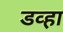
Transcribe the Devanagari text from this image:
डव्हा